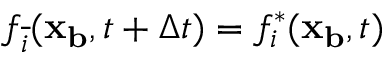
f _ { \overline { { i } } } ( \mathbf { x _ { b } } , t + \Delta t ) = f _ { i } ^ { * } ( \mathbf { x _ { b } } , t )